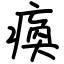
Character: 瘓